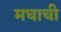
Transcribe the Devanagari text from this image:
मघाची